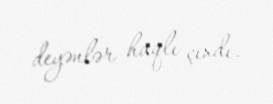
deyənlər haqlı çıxdı.